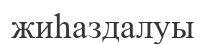
жиһаздалуы